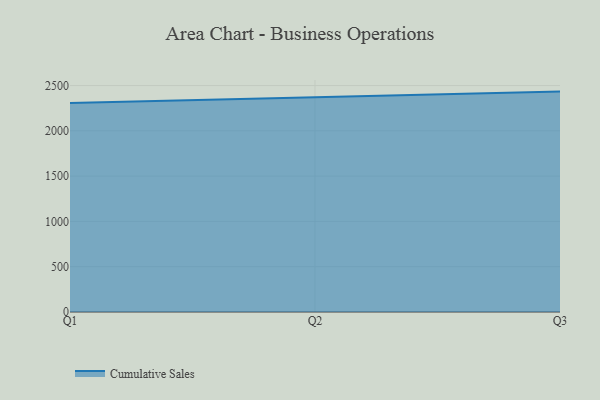
{"axis": {"x": "Quarter", "y": "Website Visitors"}, "legend": ["Cumulative Sales"], "data": [{"x": "Q1", "y": 2306.8, "type": "Cumulative Sales"}, {"x": "Q2", "y": 2366.3, "type": "Cumulative Sales"}, {"x": "Q3", "y": 2432.9, "type": "Cumulative Sales"}]}